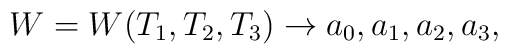
W =W(T_1,T_2,T_3)\rightarrow a_0,a_1,a_2,a_3,